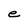
Character: e